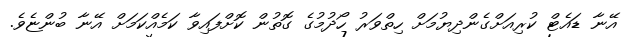
އޭނާ ޑައެޓް ކުރިއަށްގެންދިޔުމަށް ހިތްވަރު ހޯދުމުގެ ގޮތުން ކޮށްފައިވާ ކަމެއްކަމަށް އޭނާ ބުންޏެވެ.